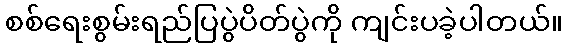
စစ်ရေးစွမ်းရည်ပြပွဲပိတ်ပွဲကို ကျင်းပခဲ့ပါတယ်။